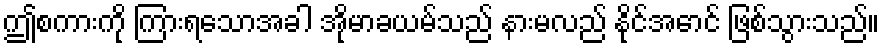
ဤစကားကို ကြားရသောအခါ အိုမာခယမ်သည် နားမလည် နိုင်အောင် ဖြစ်သွားသည်။